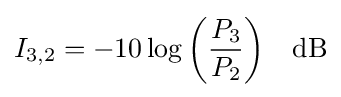
I_{3,2}=-10\log {\left({\frac {P_{3}}{P_{2}}}\right)}\quad {\rm {dB}}